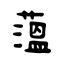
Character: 薀